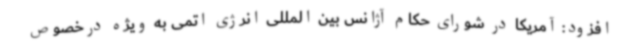
افزود: آمریکا در شورای حکام آژانس بین المللی انرژی اتمی به ویژه درخصوص